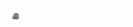
٥